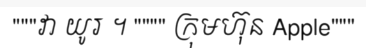
"""វា យូរ ។ """" ក្រុមហ៊ុន Apple"""